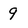
Character: 9